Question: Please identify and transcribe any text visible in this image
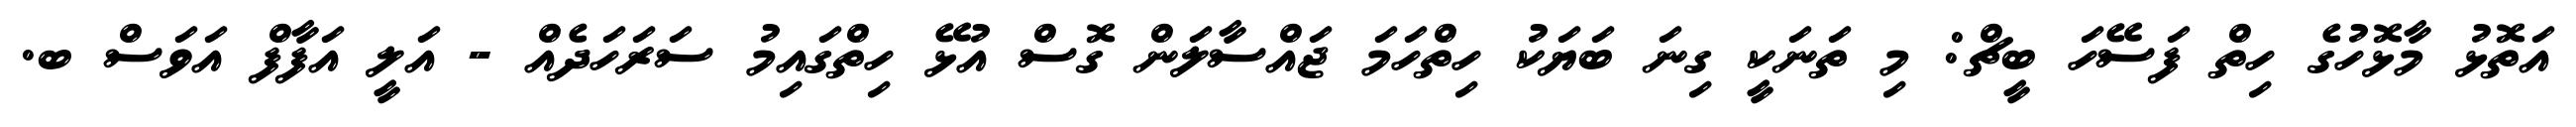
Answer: އަތޮޅު މާޅޮހުގެ ހިތް ފަސޭހަ ބީޗް: މި ތަނަކީ ގިނަ ބަޔަކު ހިތްހަމަ ޖައްސާލަން ގޮސް އުޅޭ ހިތްގައިމު ސަރަހަދެއް - އަލީ އަފާފް އަވަސް ބ.